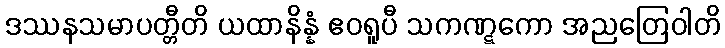
ဒဿနသမာပတ္တီတိ ယထာနိန္နံ ဧဝရူပီ သကဏ္ဋကော အညတြေဝါတိ